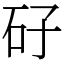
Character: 矷